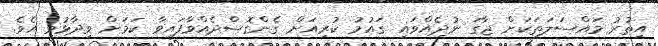
އިތުރު މައްސަލަތަކަށް ޖާގަ ނުދެއްވައި ގައުމު ކުރިއަށް ގެންގޮސްދެއްވާފައިވާ ކަމަށް ވިދާޅުވި އެވެ.